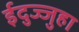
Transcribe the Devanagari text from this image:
ईदुज्जुहा